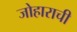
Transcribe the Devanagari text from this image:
जोहाराची